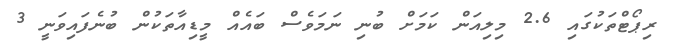
ރިޕޯޓްތަކުގައި 2.6 މިލިއަން ކަމަށް ބުނި ނަމަވެސް ބައެއް މީޑިއާތަކުން ބުނެފައިވަނީ 3